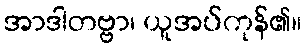
အာဒါတဗ္ဗာ၊ ယူအပ်ကုန်၏။